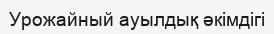
Урожайный ауылдық әкімдігі